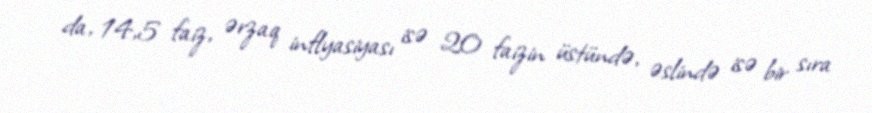
da, 14,5 faiz, ərzaq inflyasiyası isə 20 faizin üstündə, əslində isə bir sıra